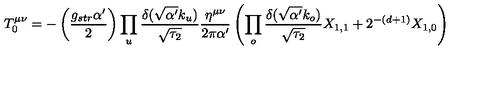
T _ { 0 } ^ { \mu \nu } = - \left( \frac { g _ { s t r } \alpha ^ { \prime } } { 2 } \right) \prod _ { u } \frac { \delta ( \sqrt { \alpha ^ { \prime } } k _ { u } ) } { \sqrt { \tau _ { 2 } } } \frac { \eta ^ { \mu \nu } } { 2 \pi \alpha ^ { \prime } } \left( \prod _ { o } \frac { \delta ( \sqrt { \alpha ^ { \prime } } k _ { o } ) } { \sqrt { \tau _ { 2 } } } X _ { 1 , 1 } + 2 ^ { - ( d + 1 ) } X _ { 1 , 0 } \right)